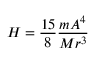
H = { \frac { 1 5 } { 8 } } { \frac { m A ^ { 4 } } { M r ^ { 3 } } }